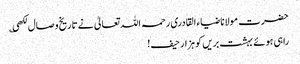
حضرت مولانا ضیاء القادری رحمہ اللہ تعالیٰ نے تاریخ وصال لکھی ؎
راہی ہوئے بہشت بریں کو ہزار حیف!